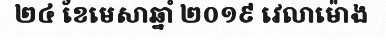
២៤ ខែមេសាឆ្នាំ ២០១៩ វេលាម៉ោង